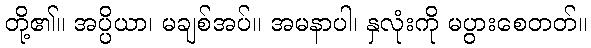
တို့၏။ အပ္ပိယာ၊ မချစ်အပ်။ အမနာပါ၊ နှလုံးကို မပွားစေတတ်။